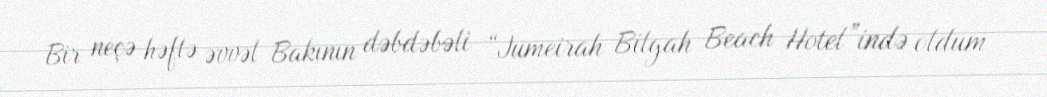
Bir neçə həftə əvvəl Bakının dəbdəbəli “Jumeirah Bilgah Beach Hotel”ində oldum